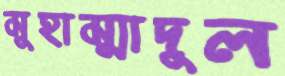
মুহাম্মাদুল